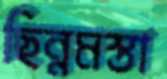
ছিন্নমস্তা